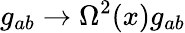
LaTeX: g_{ab}\rightarrow\Omega^{2}(x)g_{ab}